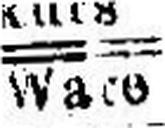
Ware